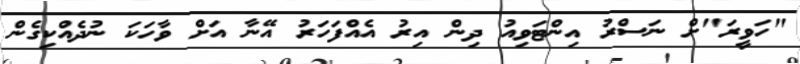
"ހަވީރަ"ށް ނަސްރު އިންޓަވިއު ދިން އިރު އެއްފަހަރު އޭނާ އަށް ވާހަކަ ނުދެއްކިގެން